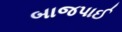
બાજપાઈ